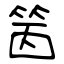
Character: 䇧